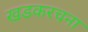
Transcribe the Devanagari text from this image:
खडकरचना